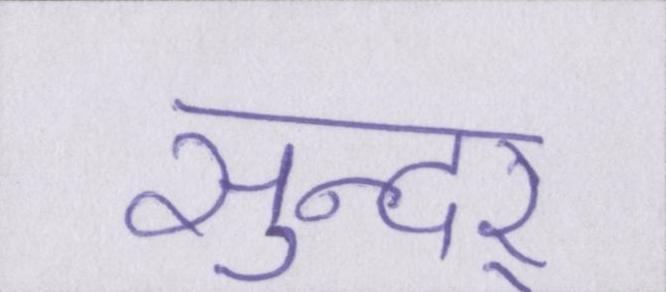
सुन्दर्